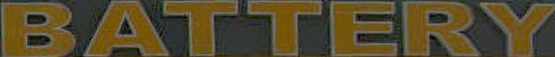
BATTERY